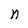
Character: n